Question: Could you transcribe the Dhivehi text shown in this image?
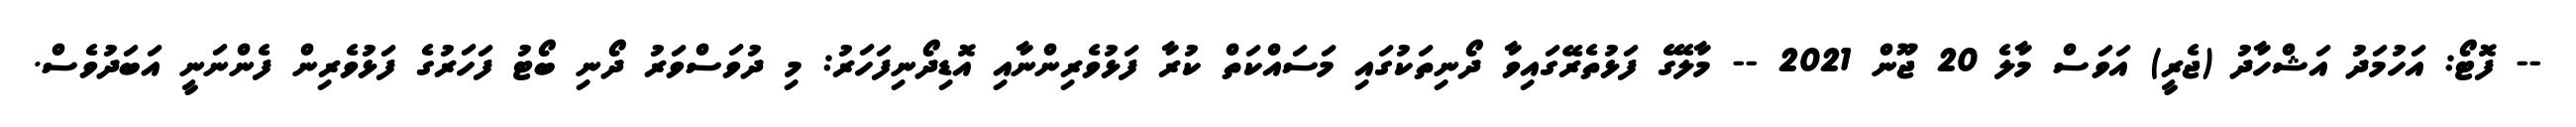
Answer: -- ފޮޓޯ: އަހުމަދު އަޝްހާދު (ޖެރީ) އަވަސް މާލެ 20 ޖޫން 2021 -- މާލޭގެ ފަޅުތެރޭގައިވާ ދޯނިތަކުގައި މަސައްކަތް ކުރާ ފަޅުވެރިންނާއި އޮޑިދޯނިފަހަރު: މި ދުވަސްވަރު ދޯނި ބޯޓު ފަހަރުގެ ފަޅުވެރިން ފެންނަނީ އަބަދުވެސް.